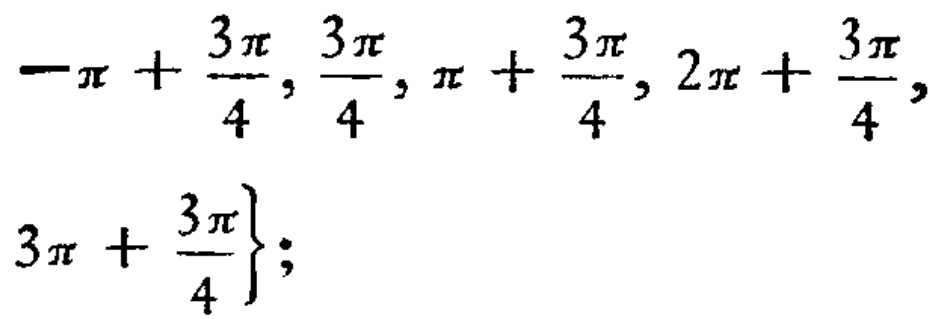
\(-\pi + \frac{3\pi}{4}, \frac{3\pi}{4}, \pi + \frac{3\pi}{4}, 2\pi + \frac{3\pi}{4}, 3\pi + \frac{3\pi}{4}\}; \)